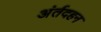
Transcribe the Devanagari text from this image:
अंर्तदहन